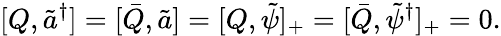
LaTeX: [Q,\tilde{a}^{\dagger}]=[\bar{Q},\tilde{a}]=[Q,\tilde{\psi}]_{+}=[\bar{Q},\tilde{\psi}^{\dagger}]_{+}=0.